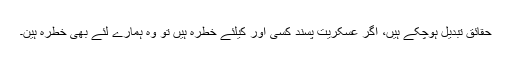
حقائق تبدیل ہوچکے ہیں، اگر عسکریت پسند کسی اور کیلئے خطرہ ہیں تو وہ ہمارے لئے بھی خطرہ ہین۔